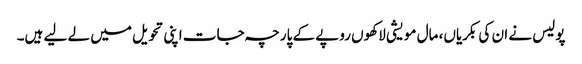
پولیس نے ان کی بکریاں، مال مویشی لاکھوں روپے کے پارچہ جات اپنی تحویل میں لے لیے ہیں۔